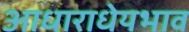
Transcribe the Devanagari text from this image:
आधाराधेयभाव